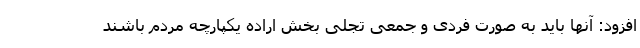
افزود: آنها باید به صورت فردی و جمعی تجلی بخش اراده یکپارچه مردم باشند